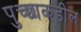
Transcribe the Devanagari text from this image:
पुच्छाकडील